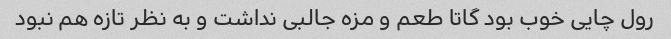
رول چایی خوب بود گاتا طعم و مزه جالبی نداشت و به نظر تازه هم نبود